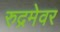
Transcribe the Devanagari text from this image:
रुद्रमेवर